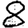
Digit: 8